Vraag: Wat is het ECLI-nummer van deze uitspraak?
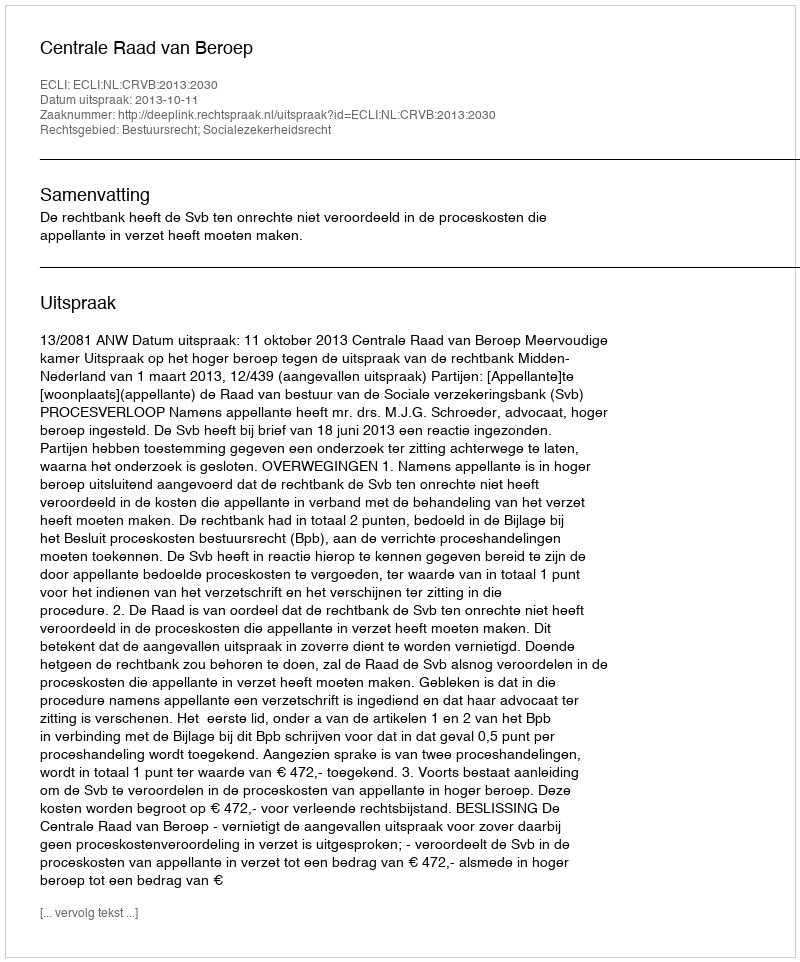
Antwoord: ECLI:NL:CRVB:2013:2030